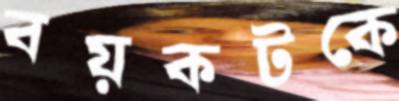
বয়কটকে